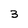
Character: 3